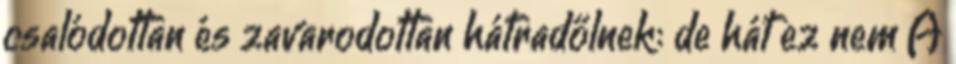
csalódottan és zavarodottan hátradőlnek: de hát ez nem A